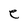
Character: e